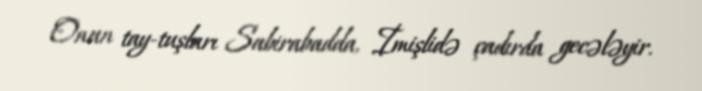
Onun tay-tuşları Sabirabadda, İmişlidə çadırda gecələyir.